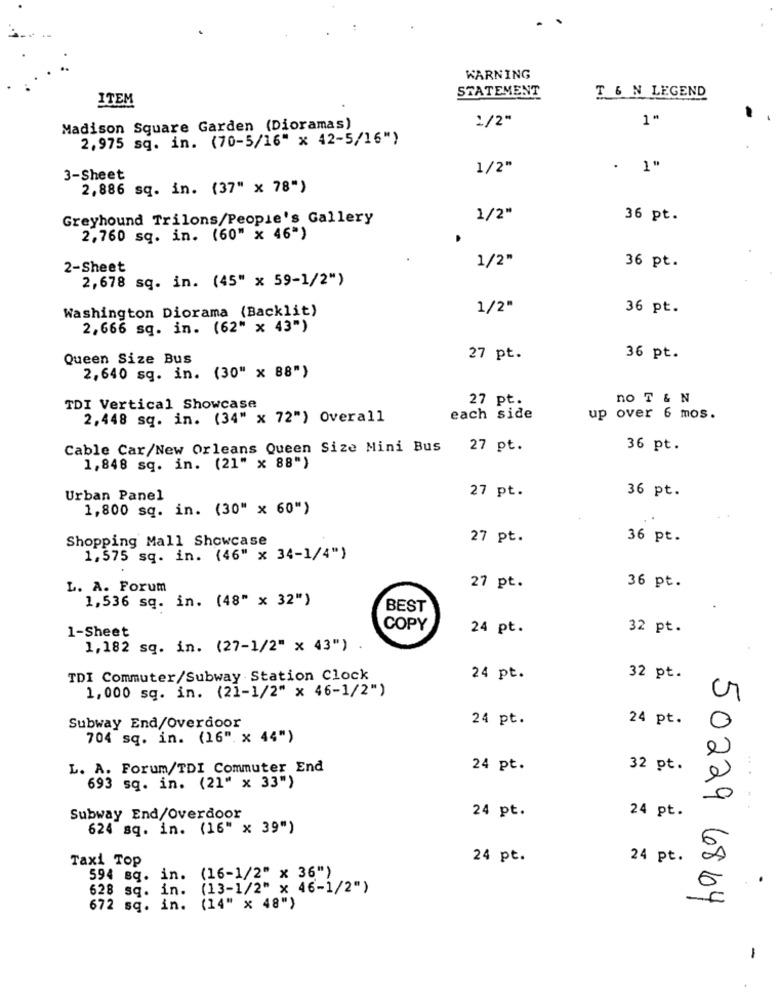
WARNING
T & N LEGEND
STATEMENT
ITEM
1/2"
1"
Madison Square Garden (Dioramas)
2,975 sq. in. (70-5/16" x 42-5/16")
1/2"
. 1"
3-Sheet
2,886 sq. in. (37" x 78")
Greyhound Trilons/People's Gallery
1/2"
36 pt.
2,760 sq. in. (60" x 46")
1/2"
2-Sheet
36 pt.
2,678 sq. in. (45" x 59-1/2")
1/2"
36 pt.
Washington Diorama (Backlit)
2,666 sq. in. (62" x 43")
Queen Size Bus
27 pt.
36 pt.
2,640 sq. in. (30" x 88")
27 pt.
no T & N
TDI Vertical Showcase
2,448 sq. in. (34" x 72") Overall
each side
up over 6 mos.
Cable Car/New Orleans Queen Size Mini Bus
27 pt.
36 pt.
1,848 sq. in. (21" x 88")
Urban Panel
27 pt.
36 pt.
1,800 sq. in. (30" x 60")
Shopping Mall Showcase
27 pt.
36 pt.
1,575 sq. in. (46" x 34-1/4")
L. A. Forum
27 pt.
36 pt.
1,536 sq. in. (48" × 32")
BEST
1-Sheet
COPY
24 pt.
32 pt.
1,182 sq. in. (27-1/2" x 43")
TDI Commuter/Subway Station Clock
24 pt.
32 pt.
1,000 sq. in. (21-1/2" x 46-1/2")
24 pt.
24 pt.
Subway End/Overdoor
704 sq. in. (16" x 44")
e
L. A. Forum/TDI Commuter End
24 pt.
32 pt.
e
693 sq. in. (21" x 33")
24 pt.
Subway End/Overdoor
24 pt.
624 sq. in. (16" x 39")
Taxi Top
24 pt.
24 pt.
594 sq. in.
(16-1/2" x 36")
(13-1/2" × 46-1/2")
628 sq. in.
50229 6864
672 sq. in. (14" x 48")
-